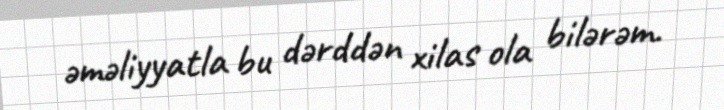
əməliyyatla bu dərddən xilas ola bilərəm.